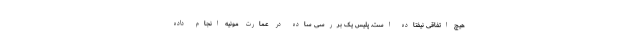
هیچ اتفاقی نیفتاده است. پلیس یک بررسی ساده در عمارت مونیه انجام داده